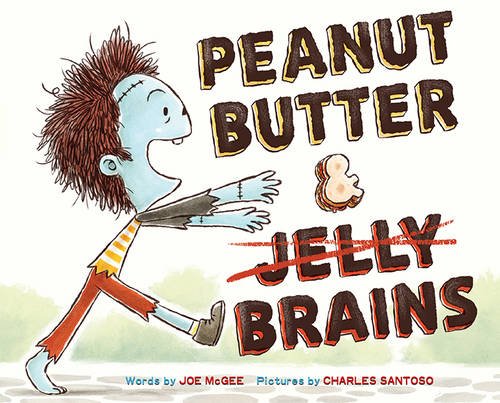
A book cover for Peanut Butter & Brains: A Zombie Culinary Tale; Joe McGee; Children's Books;